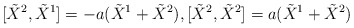
\begin{align*}[\tilde{X}^{2},\tilde{X}^{1}]=-a(\tilde{X}^{1}+\tilde{X}^{2}),[\tilde{X}^{2},\tilde{X}^{2}]=a(\tilde{X}^{1}+\tilde{X}^{2})\end{align*}